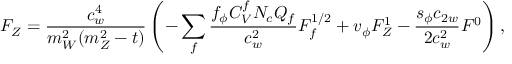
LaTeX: F _ { Z } = \frac { c _ { w } ^ { 4 } } { m _ { W } ^ { 2 } ( m _ { Z } ^ { 2 } - t ) } \left( - \sum _ { f } \frac { f _ { \phi } C _ { V } ^ { f } N _ { c } Q _ { f } } { c _ { w } ^ { 2 } } F _ { f } ^ { 1 / 2 } + v _ { \phi } F _ { Z } ^ { 1 } - \frac { s _ { \phi } c _ { 2 w } } { 2 c _ { w } ^ { 2 } } F ^ { 0 } \right) ,